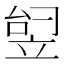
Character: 𬔟